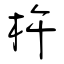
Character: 杵